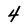
Character: 4